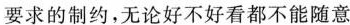
要求的制约，无论好不好看都不能随意